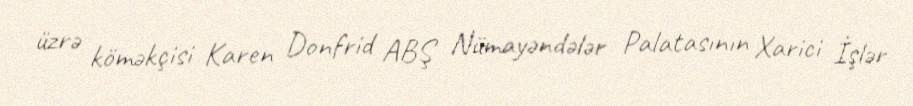
üzrə köməkçisi Karen Donfrid ABŞ Nümayəndələr Palatasının Xarici İşlər